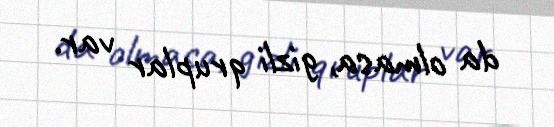
da olmasa, gizli qruplar var.